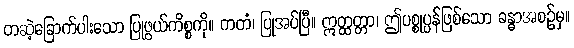
တဆဲ့ခြောက်ပါးသော ပြုဖွယ်ကိစ္စကို။ ကတံ၊ ပြုအပ်ပြီ။ ဣတ္ထတ္တာ၊ ဤပစ္စုပ္ပန်ဖြစ်သော ခန္ဓာအစဉ်မှ။